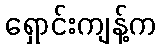
ရှောင်းကျန့်က